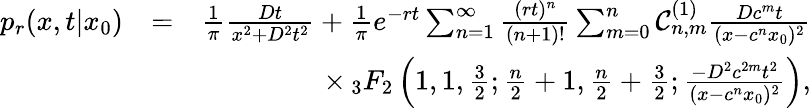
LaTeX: \begin{array}{rlr}{p_{r}(x,t|x_{0})}&{=}&{\frac{1}{\pi}\frac{Dt}{x^{2}+D^{2}t^{2}}+\frac{1}{\pi}e^{-rt}\sum_{n=1}^{\infty}\frac{(rt)^{n}}{(n+1)!}\sum_{m=0}^{n}\mathcal{C}_{n,m}^{(1)}\frac{Dc^{m}t}{(x-c^{n}x_{0})^{2}}}\\ &{}&{\times\, _{3}F_{2}\left(1,1,\frac{3}{2};\frac{n}{2}+1,\frac{n}{2}+\frac{3}{2};\frac{-D^{2}c^{2m}t^{2}}{(x-c^{n}x_{0})^{2}}\right),}\end{array}